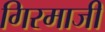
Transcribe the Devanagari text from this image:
गिरमाजी